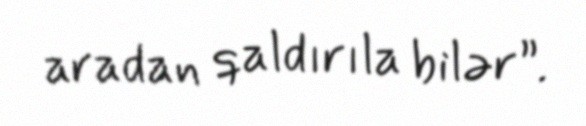
aradan qaldırıla bilər”.